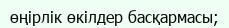
өңірлік өкілдер басқармасы;